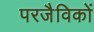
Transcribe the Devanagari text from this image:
परजैविकों